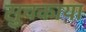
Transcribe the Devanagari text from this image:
सुचकाया